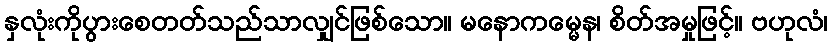
နှလုံးကိုပွားစေတတ်သည်သာလျှင်ဖြစ်သော။ မနောကမ္မေန၊ စိတ်အမှုဖြင့်။ ဗဟုလံ၊